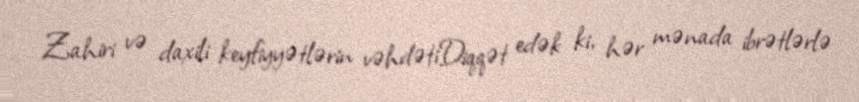
Zahiri və daxili keyfiyyətlərin vəhdətiDiqqət edək ki, hər mənada ibrətlərlə